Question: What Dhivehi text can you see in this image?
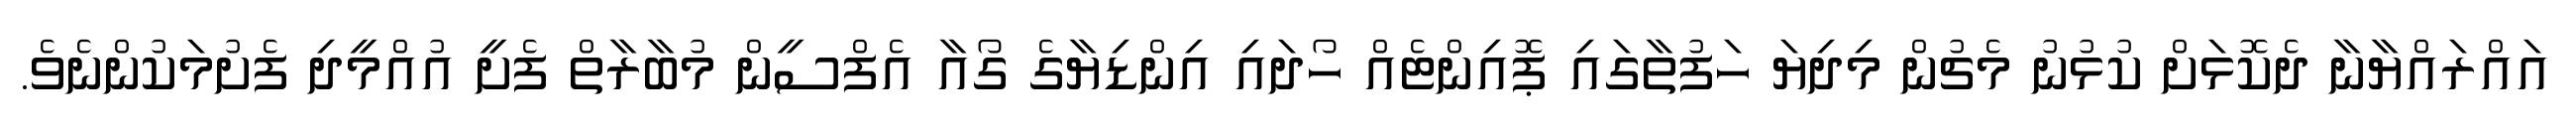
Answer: އައްރައްޔާނާ ދެކޮޅަށް ކުޅުނު މެޗުން މިދިޔަ ހަފުތާގައި ޕޮއިންޓެއް ހޯދައި އިންޑިޔާގެ ގޯއާ އެފްސީން މުބާރާތް ފެށީ އުއްމީދި ފެށުމަކުންނެވެ.